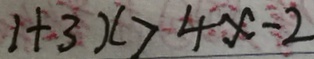
1 + 3 x > 4 x - 2